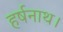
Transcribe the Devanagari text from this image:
हर्षनाथ।